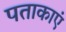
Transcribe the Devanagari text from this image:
पताकाएं